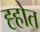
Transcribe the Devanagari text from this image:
ह्होत